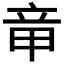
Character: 𥩫